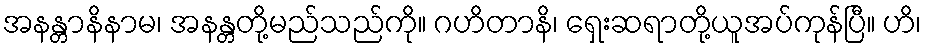
အနန္တာနိနာမ၊ အနန္တတို့မည်သည်ကို။ ဂဟိတာနိ၊ ရှေးဆရာတို့ယူအပ်ကုန်ပြီ။ ဟိ၊